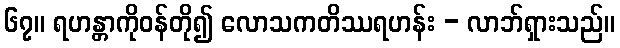
၆၇။ ရဟန္တာကိုဝန်တို၍ လောသကတိဿရဟန်း - လာဘ်ရှားသည်။